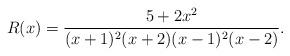
LaTeX: \begin{align*}R(x)=\frac{5+2x^2}{(x+1)^2(x+2)(x-1)^2(x-2)}.\end{align*}